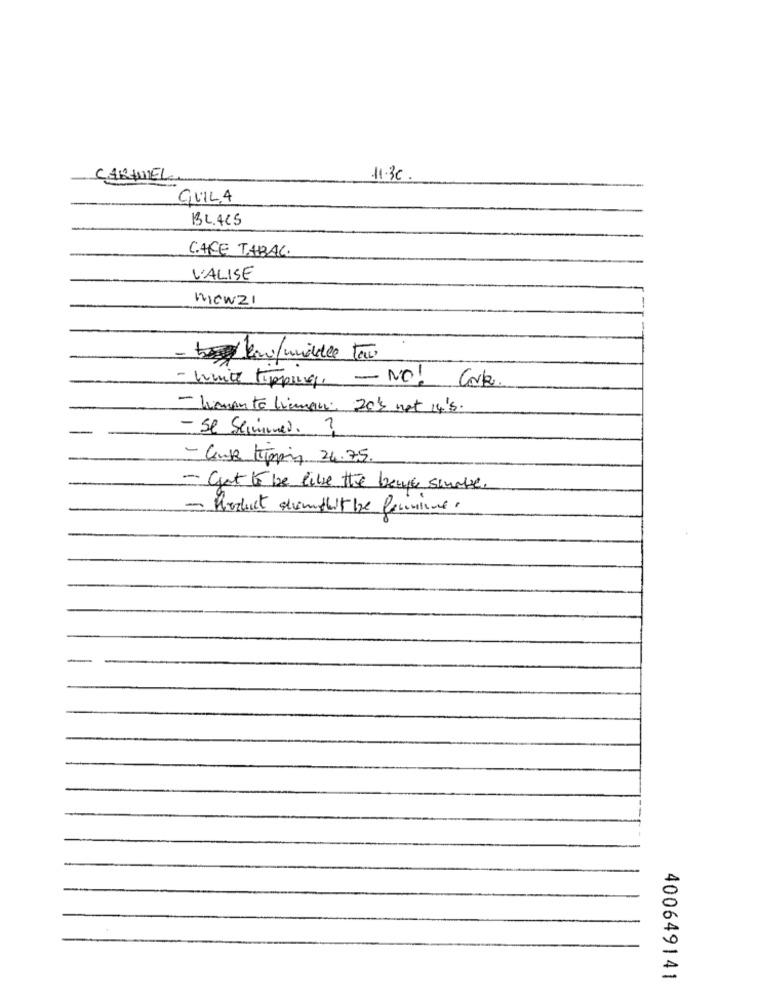
CARAMEL
11.30
QUILA
BL.ACS
CAFE TABAC.
VALISE
WICWZI
-
takn/middle tow
- white tipping, - NO! Cork
- limon te limman: 20% not 14's.
- Se Seimimed. ?
- Cute Kipping 24.75.
- Get to be like the berge scuole
- Product demtheit be lerinine .
400649141